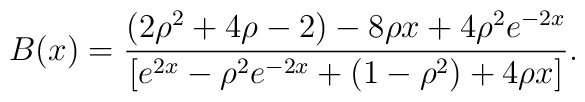
B(x)=\frac{(2\rho^2+4\rho-2)-8\rho x+4\rho^2e^{-2x}}{[e^{2x}-\rho^2e^{-2x}+(1-\rho^2)+4\rho x]}.